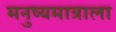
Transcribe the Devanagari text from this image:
मनुष्यमात्राला